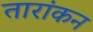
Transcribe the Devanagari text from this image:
तारांकन